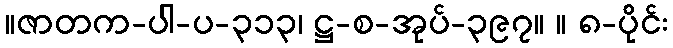
။ဇာတက-ပါ-ပ-၃၁၃၊ ဋ္ဌ-စ-အုပ်-၃၉၇။ ။ ၈-ပိုင်း